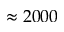
\approx 2 0 0 0